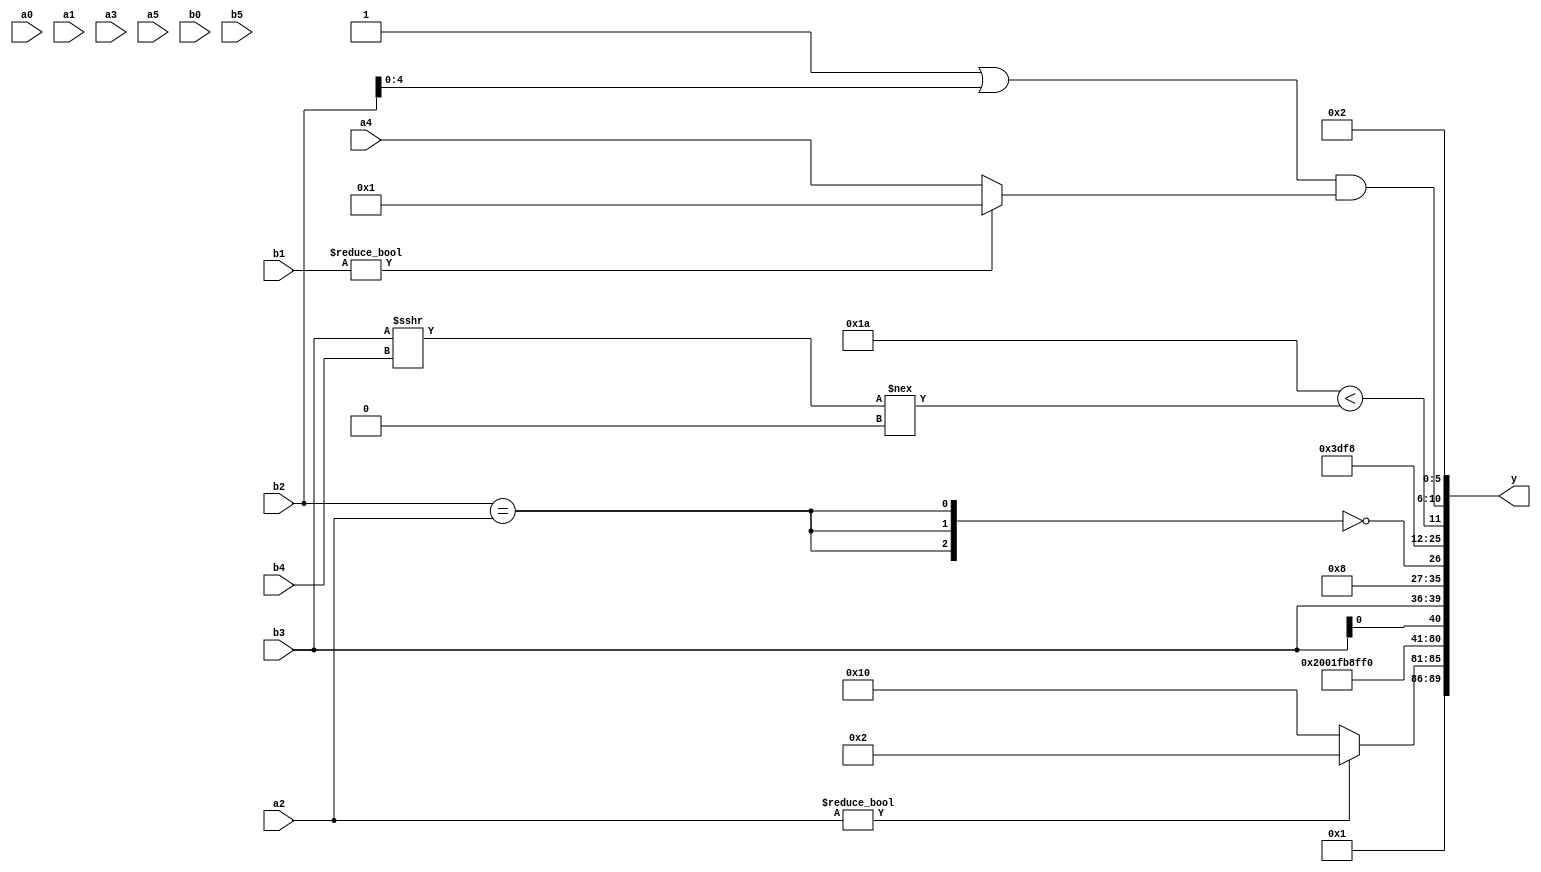
module expression_00369(a0, a1, a2, a3, a4, a5, b0, b1, b2, b3, b4, b5, y);
  input [3:0] a0;
  input [4:0] a1;
  input [5:0] a2;
  input signed [3:0] a3;
  input signed [4:0] a4;
  input signed [5:0] a5;

  input [3:0] b0;
  input [4:0] b1;
  input [5:0] b2;
  input signed [3:0] b3;
  input signed [4:0] b4;
  input signed [5:0] b5;

  wire [3:0] y0;
  wire [4:0] y1;
  wire [5:0] y2;
  wire signed [3:0] y3;
  wire signed [4:0] y4;
  wire signed [5:0] y5;
  wire [3:0] y6;
  wire [4:0] y7;
  wire [5:0] y8;
  wire signed [3:0] y9;
  wire signed [4:0] y10;
  wire signed [5:0] y11;
  wire [3:0] y12;
  wire [4:0] y13;
  wire [5:0] y14;
  wire signed [3:0] y15;
  wire signed [4:0] y16;
  wire signed [5:0] y17;

  output [89:0] y;
  assign y = {y0,y1,y2,y3,y4,y5,y6,y7,y8,y9,y10,y11,y12,y13,y14,y15,y16,y17};

  localparam [3:0] p0 = ((^{(5'd9)})=={2{(4'd13)}});
  localparam [4:0] p1 = (^((~(((-5'sd9)^(4'd1))?(^(5'sd15)):((4'd2)&(2'd2))))-((~|((4'sd3)?(5'sd7):(5'd31)))>>((3'sd1)<(-5'sd7)))));
  localparam [5:0] p2 = (((-2'sd0)?(3'd7):(2'd0))-(2'sd1));
  localparam signed [3:0] p3 = {3{(-2'sd1)}};
  localparam signed [4:0] p4 = ((4'sd2)!=(3'd3));
  localparam signed [5:0] p5 = ((((2'sd0)?(5'd30):(-4'sd4))===((5'd4)^~(-2'sd0)))-{((5'd11)>(4'sd6)),((-5'sd3)===(2'sd1))});
  localparam [3:0] p6 = {(5'sd14),(4'd7)};
  localparam [4:0] p7 = ({((4'd5)?(3'd4):(-5'sd4))}?{(3'd6),(2'sd1)}:(&((4'd7)?(5'd9):(-2'sd1))));
  localparam [5:0] p8 = (!(-(&(~^(-(((3'sd1)&(5'd22))===(+((-4'sd3)>(-5'sd13)))))))));
  localparam signed [3:0] p9 = (~^(^((^(-3'sd1))<=(~^(!((4'd5)?(-2'sd0):(3'd6)))))));
  localparam signed [4:0] p10 = (((4'd9)<(~&(&(5'd25))))&&(4'sd1));
  localparam signed [5:0] p11 = (({4{(4'd4)}}?{1{((-2'sd0)<<<(5'd5))}}:{1{{2{(2'd0)}}}})&{4{(5'd2 * (4'd12))}});
  localparam [3:0] p12 = {4{(-((-4'sd7)===(2'sd1)))}};
  localparam [4:0] p13 = (6'd2 * ((2'd1)+(5'd8)));
  localparam [5:0] p14 = {{(-2'sd1)},{(4'd9),(5'sd4)},(&(3'sd3))};
  localparam signed [3:0] p15 = (((2'sd0)&(2'sd0))===((3'd5)===(3'd4)));
  localparam signed [4:0] p16 = ((|(-3'sd3))?((4'd10)?(2'd1):(2'd2)):((5'sd3)?(5'sd3):(-4'sd1)));
  localparam signed [5:0] p17 = ((-4'sd1)!==(((5'd28)&(4'sd2))+((5'sd9)-(5'd14))));

  assign y0 = (p2>=p15);
  assign y1 = ((p15?a2:b4)?(2'd2):{b5,p2,p12});
  assign y2 = (4'd8);
  assign y3 = $signed(p10);
  assign y4 = (!(2'd1));
  assign y5 = $signed(((~((+p15)|(p16>p12)))>((p11&p16)==(p15?p16:p1))));
  assign y6 = (4'sd7);
  assign y7 = {(2'd3)};
  assign y8 = ((p7?p10:p4)?(p10?a4:p14):(-2'sd1));
  assign y9 = (~|p7);
  assign y10 = $unsigned({$unsigned($signed({2{a2}})),((b3-a1)<<{b4,b0}),{4{b3}}});
  assign y11 = ((+((5'sd3)?(p16<<<p1):(a3?a5:a1)))|(&({3{a0}}>(|{2{p6}}))));
  assign y12 = (+(!{1{{3{(b2==a2)}}}}));
  assign y13 = (-3'sd2);
  assign y14 = {(+(5'd5)),(~&((|p15)<=(~p17))),$signed({(-4'sd0),{p2}})};
  assign y15 = ((5'd26)<(({b3}>>>$signed(b4))!==(2'd0)));
  assign y16 = (({$signed(p5),(b5!==a0),(p9|b2)})&{3{(b1?p16:a4)}});
  assign y17 = (4'd2 * (p6!=p1));
endmodule